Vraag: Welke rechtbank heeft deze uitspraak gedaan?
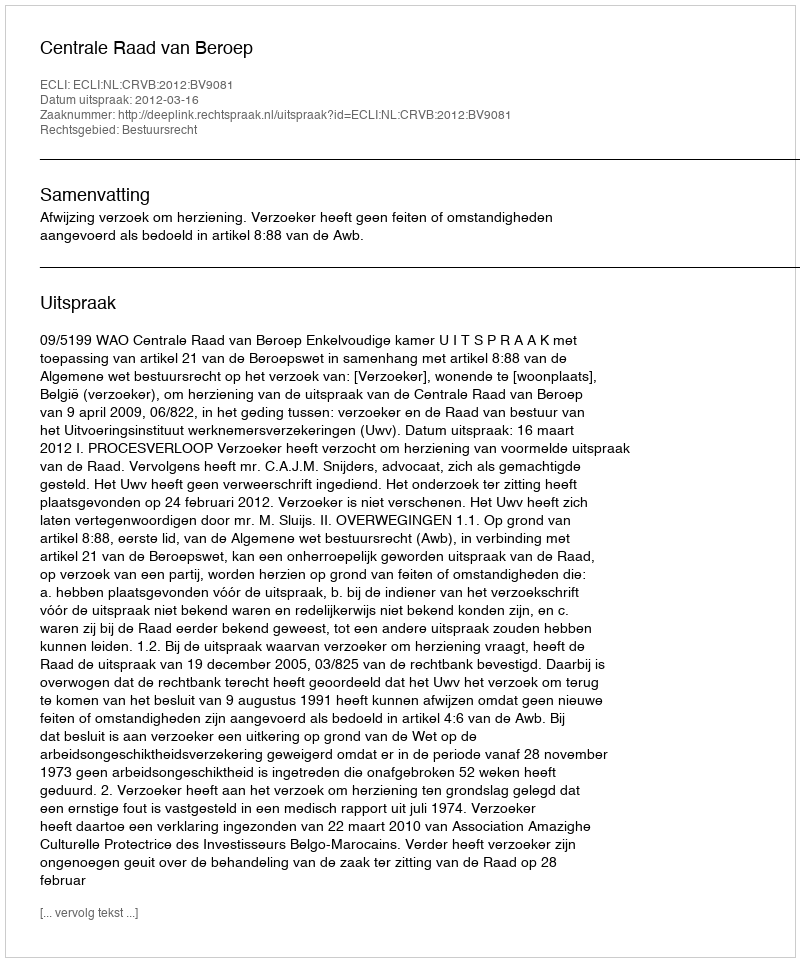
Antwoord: Centrale Raad van Beroep